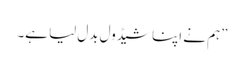
”ہم نے اپنا شیڈول بدل لیا ہے۔